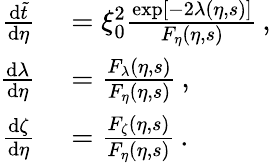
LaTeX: \begin{array}{rl}{\frac{\mathrm{d}\tilde{t}}{\mathrm{d}\eta}}&{{}=\xi_{0}^{2}\frac{\exp[-2\lambda(\eta,s)]}{F_{\eta}(\eta,s)}\, ,}\\ {\frac{\mathrm{d}\lambda}{\mathrm{d}\eta}}&{{}=\frac{F_{\lambda}(\eta,s)}{F_{\eta}(\eta,s)}\, ,}\\ {\frac{\mathrm{d}\zeta}{\mathrm{d}\eta}}&{{}=\frac{F_{\zeta}(\eta,s)}{F_{\eta}(\eta,s)}\, .}\end{array}